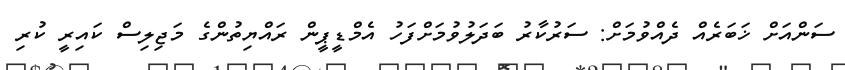
ސަންއަށް ޚަބަރެއް ދެއްވުމަށް: ސަރުކާރު ބަދަލުވުމަށްފަހު އެމްޑީޕީން ރައްޔިތުންގެ މަޖިލިސް ކައިރީ ކުރި